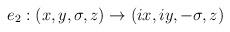
LaTeX: \begin{align*}e_2: (x,y,\sigma,z) \to (ix, iy, -\sigma, z)\end{align*}